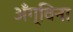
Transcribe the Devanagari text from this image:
अँग्विना